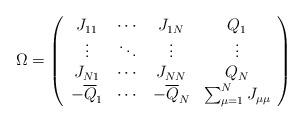
LaTeX: \begin{align*}\Omega= \left(\begin{array}{cccc}J_{11} & \cdots & J_{1N} & Q_1 \\\vdots & \ddots & \vdots & \vdots \\J_{N1} & \cdots & J_{NN} & Q_N \\-{\overline{Q}}_1 & \cdots & -{\overline{Q}}_N & \sum_{\mu=1}^{N} J_{\mu\mu} \end{array} \right)\end{align*}